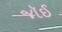
જૉઈ